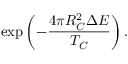
\mathrm { e x p } \left( - { \frac { 4 \pi R _ { C } ^ { 2 } \Delta { \cal E } } { T _ { C } } } \right) .